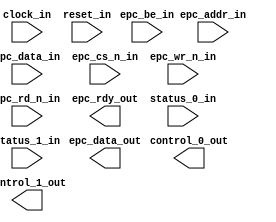

`timescale 1ns / 1ps
//////////////////////////////////////////////////////////////////////////////////
// Company          : None
// 
// Design Name      : None
// Module Name      : bus32 demo wrapper
// Project Name     : None
// Target Devices   : None
// Tool Versions    : Vivado 2018.2
//                    Sublime Text 3.1.1
// Description      : 
// 
// Dependencies     : 
// 
// Revision         : 1.0.0
//                    Project Created.      -Lim
// 
//////////////////////////////////////////////////////////////////////////////////

module bus32_demo_wrapper #(
        parameter                           datawidth = 32          ,
        parameter                           addrwidth = 8
    )(
        input   wire                        clock_in                ,
        input   wire                        reset_in                ,

        input   wire [31:0]                 epc_addr_in             ,
        output  wire [31:0]                 epc_data_out            ,
        input   wire [31:0]                 epc_data_in             ,
        input   wire [3:0]                  epc_be_in               ,
        input   wire                        epc_cs_n_in             ,
        input   wire                        epc_wr_n_in             ,
        input   wire                        epc_rd_n_in             ,
        output  wire                        epc_rdy_out             ,

        // Control interface
        output  wire                        control_0_out           ,
        output  wire                        control_1_out           ,

        // Status interface
        input   wire                        status_0_in             ,
        input   wire                        status_1_in
    );

//////////////////////////////////////////////////////////////////////////////////
//                                 parameter
//////////////////////////////////////////////////////////////////////////////////

//////////////////////////////////////////////////////////////////////////////////
//                                wire and reg
//////////////////////////////////////////////////////////////////////////////////

//////////////////////////////////////////////////////////////////////////////////
//                                   assign
//////////////////////////////////////////////////////////////////////////////////

//////////////////////////////////////////////////////////////////////////////////
//                                    code
//////////////////////////////////////////////////////////////////////////////////

//--------------------------------------------------------------------------------
// 1.bus32 cell module.
//--------------------------------------------------------------------------------

//  bus32_demo #(
//      .datawidth                          (datawidth              ),
//      .addrwidth                          (addrwidth              )
//  ) bus32_demo_inst (
//      .clock_in                           (clock_in               ),
//      .reset_in                           (reset_in               ),

//      // epc interface
//      .epc_addr_in                        (epc_addr_in            ),
//      .epc_data_out                       (epc_data_out           ),
//      .epc_data_in                        (epc_data_in            ),
//      .epc_be_in                          (epc_be_in              ),
//      .epc_cs_n_in                        (epc_cs_n_in            ),
//      .epc_wr_n_in                        (epc_wr_n_in            ),
//      .epc_rd_n_in                        (epc_rd_n_in            ),
//      .epc_rdy_out                        (epc_rdy_out            ),

//      // Control interface
//      .control_0_out                      (control_0_out          ),
//      .control_1_out                      (control_1_out          ),

//      // Status interface
//      .status_0_in                        (status_0_in            ),
//      .status_1_in                        (status_1_in            )
//  );

endmodule